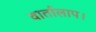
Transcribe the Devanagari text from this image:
वार्तालाप।